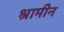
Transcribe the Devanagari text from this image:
श्रामीन